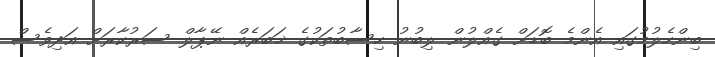
ބިންހެލުމުގައި އެންމެ ބޮޑަށް ގެއްލުން ލިބުނު ހިސާބުތަކުގެ ޚަބަރެއް ނޭޕާލް ސަރުކާރަށް އަދިވެސް